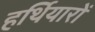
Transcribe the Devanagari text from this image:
हर्थियारों